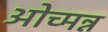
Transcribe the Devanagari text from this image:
ओच्मन्न